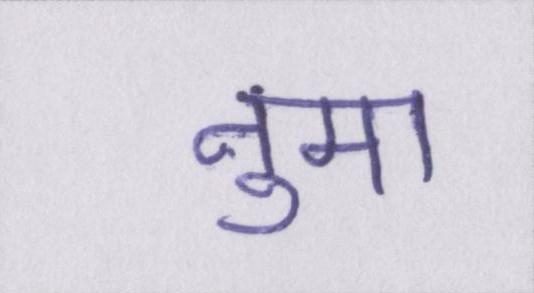
नुमा